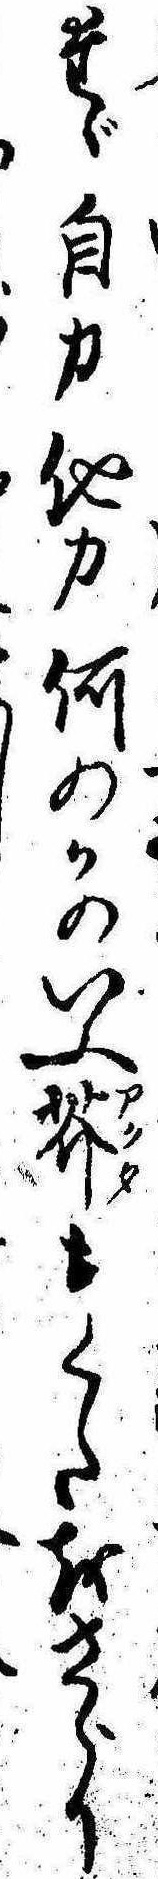
たゞ自力他力何のかのいふ芥もくたをさらりし